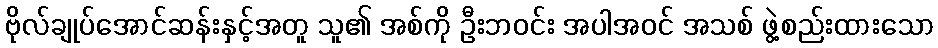
ဗိုလ်ချုပ်အောင်ဆန်းနှင့်အတူ သူ၏ အစ်ကို ဦးဘဝင်း အပါအဝင် အသစ် ဖွဲ့စည်းထားသော